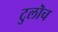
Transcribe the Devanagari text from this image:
टुलॊच